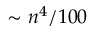
\sim n ^ { 4 } / 1 0 0